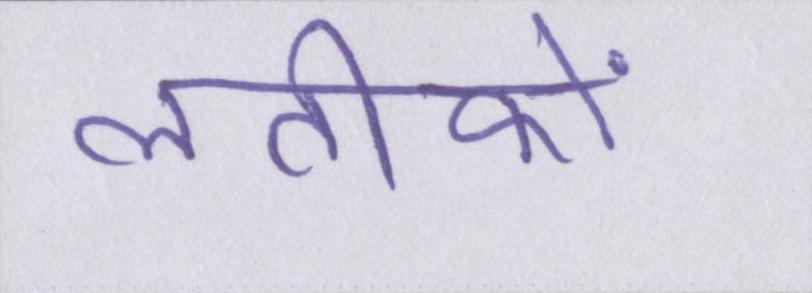
लतीफों